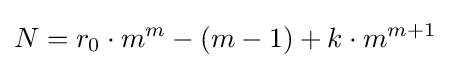
N=r_{0}\cdot m^{m}-(m-1)+k\cdot m^{m+1}